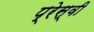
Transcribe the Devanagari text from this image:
प्रेस्वी